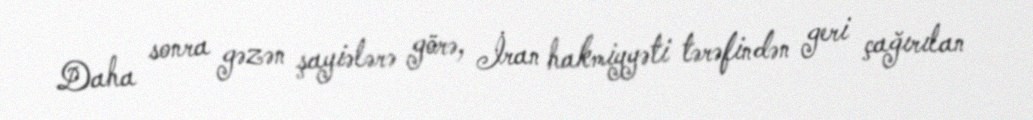
Daha sonra gəzən şayiələrə görə, İran hakmiyyəti tərəfindən geri çağırılan